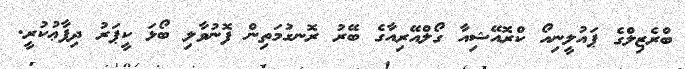
ބްރެޒިލްގެ ޕައުލީނިއޯ ކްރޮއޭޝިއާ ގޯލްއޭރިއާގެ ބޭރު ރޮނގުމަތިން ފޮނުވާލި ބޯޅަ ކީޕަރު ދިފާޢުކުރީ.